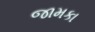
જામકા